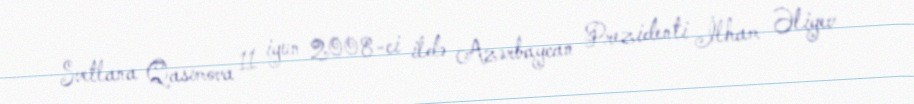
Svetlana Qasımova 11 iyun 2008-ci ildə Azərbaycan Prezidenti İlham Əliyev